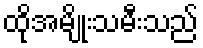
ထိုအမျိုးသမီးသည်